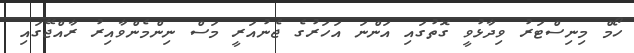
ހޯމް މިނިސްޓަރު ވިދާޅުވީ ގޮތުގައި އަންނަ އަހަރުގެ ޖެނުއަރީ މަސް ނިންމެންވާއިރު ރާއްޖޭގައި